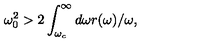
\omega _ { 0 } ^ { 2 } > 2 \int _ { \omega _ { c } } ^ { \infty } d \omega r ( \omega ) / \omega ,